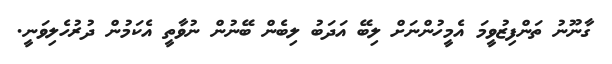
ގާނޫނު ތަންފިޒުވީމަ އެމީހުންނަށް ލިބޭ އަދަބު ލިބެން ބޭނުން ނުވާތީ އެކަމުން ދުރުހެލިވަނީ.